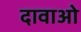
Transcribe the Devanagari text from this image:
दावाओ